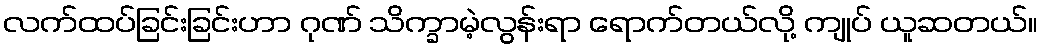
လက်ထပ်ခြင်းခြင်းဟာ ဂုဏ် သိက္ခာမဲ့လွန်းရာ ရောက်တယ်လို့ ကျုပ် ယူဆတယ်။